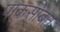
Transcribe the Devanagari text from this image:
पाकसोबत